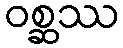
ဝစ္ဆဿ